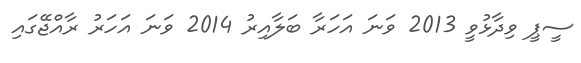
ސީޕީ ވިދާޅުވީ 2013 ވަނަ އަހަރާ ބަލާއިރު 2014 ވަނަ އަހަރު ރާއްޖޭގައި